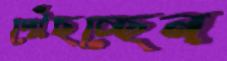
পৌঁছচ্ছেন